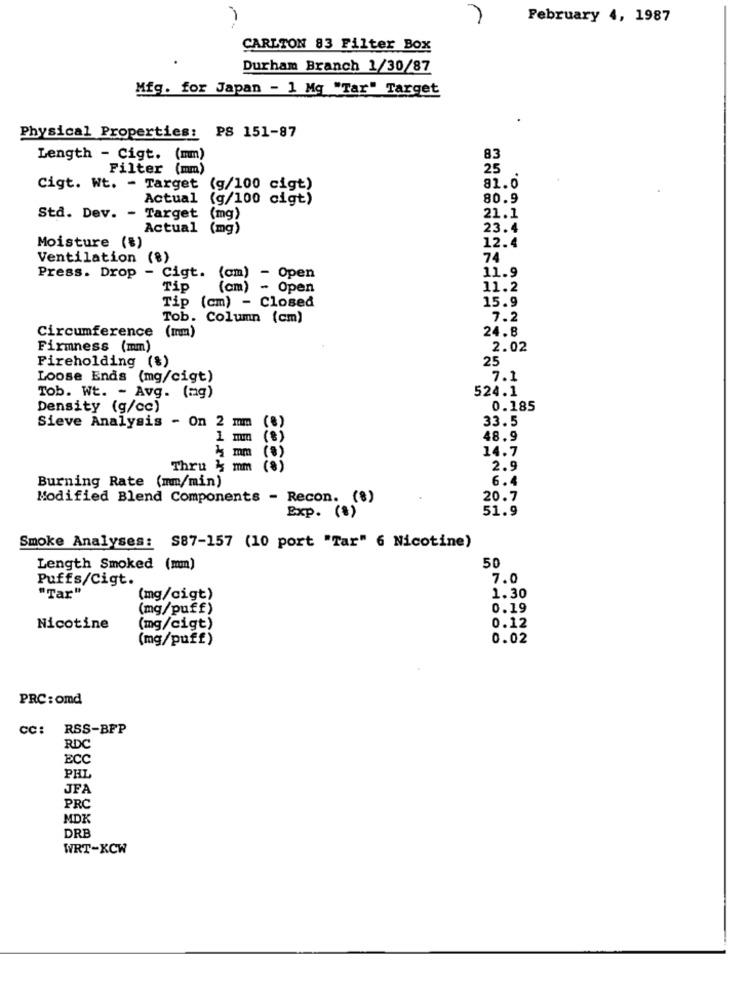
February 4, 1987
CARLTON 83 Filter Box
Durham Branch 1/30/87
Mfg. for Japan - 1 Mg "Tar" Target
Physical Properties: PS 151-87
Length - Cigt. (mm)
83
Filter (mm)
25
Cigt. Wt. - Target
(g/100 cigt)
81.0
Actual
(g/100 cigt)
80.9
Std. Dev. - Target
(mg)
21.1
Actual
(mg)
23.4
Moisture (#)
12.4
Ventilation (%)
74
11.9
Press. Drop - Cigt. (om) - Open
Tip
(cm)
- Open
11.2
Tip (cm) - Closed
15.9
Tob. Column (cm)
7.2
Circumference (mm)
24.8
Firmness (mm)
2.02
Fireholding (%)
25
Loose Ends (mg/cigt)
7.1
524.1
Tob. Wt. - Avg. (ag)
Density (g/cc)
0.185
Sieve Analysis - On 2 mm
33.5
(€)
1 mm
(8)
48.9
14.7
Mmm
Thru 3 mm
(8 )
2.9
Burning Rate (mm/min)
6.4
Modified Blend Components - Recon. (%)
20.7
51.9
Exp. (8)
Smoke Analyses:
S87-157 (10 port "Tar" 6 Nicotine)
Length Smoked (mm)
50
Puffs/Cigt.
7.0
"Tar"
(mg/cigt)
1.30
(mg/puff)
0.19
0.12
Nicotine
(mg/cigt)
(mg/puff)
0.02
PRC : omd
CC: RSS-BFP
RDC
ECC
PHL
JFA
PRC
MDK
DRB
WRT-XCW